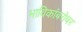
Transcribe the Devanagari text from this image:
भाविकांबरोबर